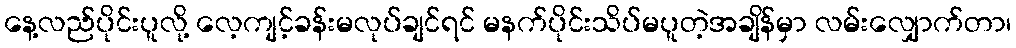
နေ့လည်ပိုင်းပူလို့ လေ့ကျင့်ခန်းမလုပ်ချင်ရင် မနက်ပိုင်းသိပ်မပူတဲ့အချိန်မှာ လမ်းလျှောက်တာ၊